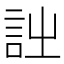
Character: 𧥳